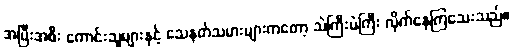
အပြီးအစီး ကောင်းသူများနှင့် သေနတ်သမားများကတော့ သဲကြီးမဲကြီး လိုက်နေကြသေးသည်။